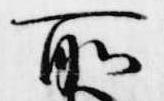
所